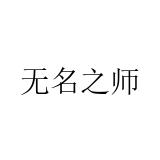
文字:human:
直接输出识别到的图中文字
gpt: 无名之师